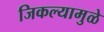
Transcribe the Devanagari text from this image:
जिकल्यामुळे